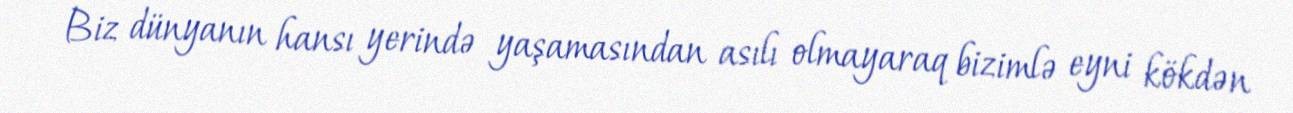
Biz dünyanın hansı yerində yaşamasından asılı olmayaraq bizimlə eyni kökdən